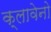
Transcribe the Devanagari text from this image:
क्लावेनो